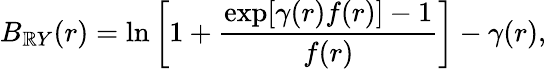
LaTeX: B_{\mathbb{R}Y}(r)=\ln\left[1+\frac{{\exp[\gamma(r)f(r)]-1}}{{f(r)}}\right]-\gamma(r),